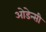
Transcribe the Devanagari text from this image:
ओडेन्सी